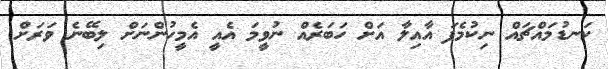
ކަނޑުމައްޗައް ނިކުމެފަ އާއިލާ އަށް ހަބަރެއް ނުވީމަ އެއީ އެމީހުންނަށް ލިބޭނެ ވަރަށް